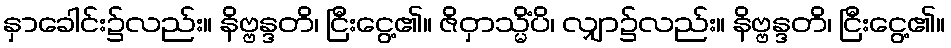
နှာခေါင်း၌လည်း။ နိဗ္ဗန္ဒတိ၊ ငြီးငွေ့၏။ ဇိဝှာသ္မိံပိ၊ လျှာ၌လည်း။ နိဗ္ဗန္ဒတိ၊ ငြီးငွေ့၏။